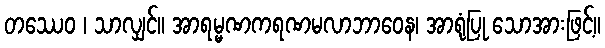
တဿေဝ ၊ သာလျှင်။ အာရမ္မဏကရဏမလာဘာဝေန၊ အာရုံပြု သောအားဖြင့်။